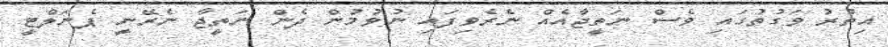
އިތުރު ވަގުތުގައި ވެސް ނަތީޖާއެއް ނެރެވިފައި ނުވުމުން ދެން ނަތީޖާ ނެރޭނީ ޕެނަލްޓީ